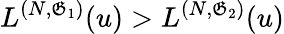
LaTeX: L^{(N,\mathfrak{G}_{1})}(u)>L^{(N,\mathfrak{G}_{2})}(u)